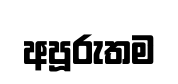
අපූරුතම